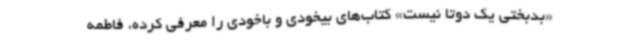
«بدبختی یک دوتا نیست» کتاب‌های بیخودی و باخودی را معرفی کرده، فاطمه